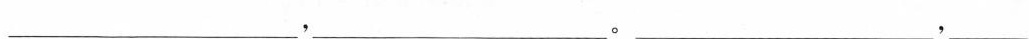
___，___。___，___